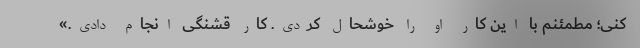
کنی؛ مطمئنم با این کار او را خوشحال کردی. کار قشنگی انجام دادی.»